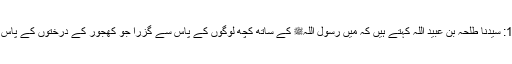
1602: سیدنا طلحہ بن عبید اللہؓ کہتے ہیں کہ میں رسول اللہﷺ کے ساتھ کچھ لوگوں کے پاس سے گزرا جو کھجور کے درختوں کے پاس تھے۔